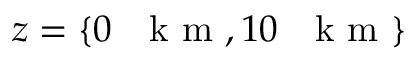
z = \{ 0 \mathrm { ~ ~ ~ k ~ m ~ } , 1 0 \mathrm { ~ ~ ~ k ~ m ~ } \}